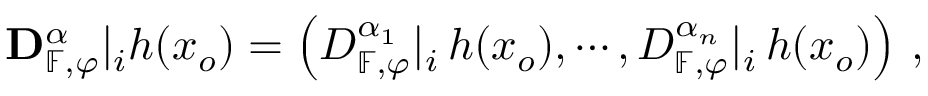
{ \bf D } _ { \mathbb { F } , \varphi } ^ { \alpha } | _ { i } h ( x _ { o } ) = \left( D _ { \mathbb { F } , \varphi } ^ { \alpha _ { 1 } } | _ { i } \, h ( x _ { o } ) , \cdots , D _ { \mathbb { F } , \varphi } ^ { \alpha _ { n } } | _ { i } \, h ( x _ { o } ) \right) \, ,